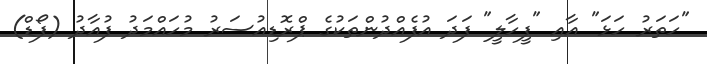
"ހަތަރު ހަޅަ" އާއި "ފީހާލީ" ފަދަ އުފެއްދުންތަކުގެ ޕްރޮޑިއުސަރު މުހައްމަދު ފުއާދު (ފޯޑް)